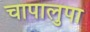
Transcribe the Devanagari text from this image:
चापालुपा